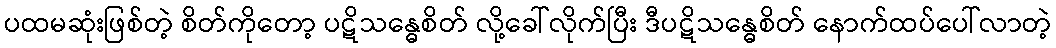
ပထမဆုံးဖြစ်တဲ့ စိတ်ကိုတော့ ပဋိသန္ဓေစိတ် လို့ခေါ်လိုက်ပြီး ဒီပဋိသန္ဓေစိတ် နောက်ထပ်ပေါ်လာတဲ့